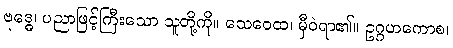
ဗုဒ္ဓေ၊ ပညာဖြင့်ကြီးသော သူတို့ကို။ သေဝေထ၊ မှီဝဲရာ၏။ ဥဂ္ဂဟကောစ၊